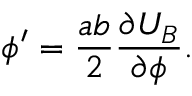
\phi ^ { \prime } = \frac { a b } { 2 } \frac { \partial U _ { B } } { \partial \phi } .